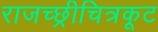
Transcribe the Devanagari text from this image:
राजच्छ्रीचित्रकूट